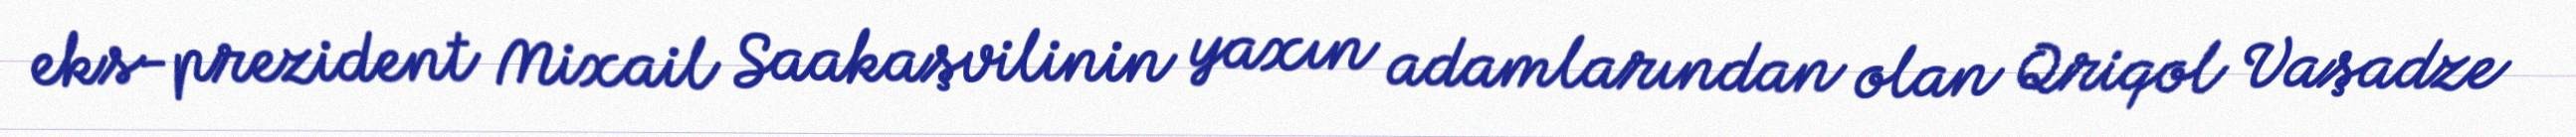
eks-prezident Mixail Saakaşvilinin yaxın adamlarından olan Qriqol Vaşadze